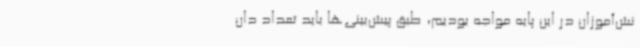
نش‌آموزان در این پایه مواجه بودیم، طبق پیش‌بینی‌ها باید تعداد دان